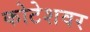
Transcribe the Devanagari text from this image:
कोटेशवर